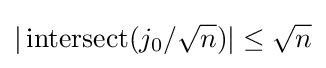
|\operatorname {intersect} (j_{0}/{\sqrt {n}})|\leq {\sqrt {n}}